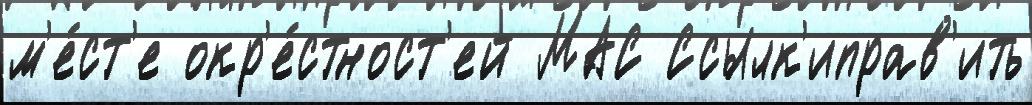
м'е́ст'е окр'е́стност'ей МАС Ссылк'иправ'ить